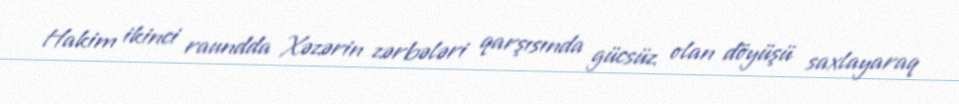
Hakim ikinci raundda Xəzərin zərbələri qarşısında gücsüz olan döyüşü saxlayaraq